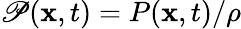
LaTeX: \mathscr{P}(\mathbf{{x}},t)=P(\mathbf{{x}},t)/\rho